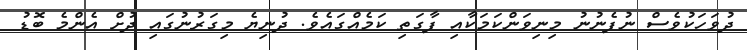
ދުވަހަކުވެސް ނުފެނުނު މިނިވަންކަމަކާއި ފާގަތި ކަމެއްގައެވެ. ދުނިޔެ މިގަރުނުގައި ދުށް އެންމެ ބޮޑު